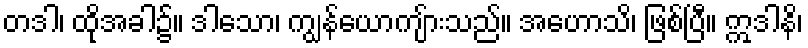
တဒါ၊ ထိုအခါ၌။ ဒါသော၊ ကျွန်ယောကျ်ားသည်။ အဟောသိ၊ ဖြစ်ပြီ။ ဣဒါနိ၊